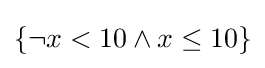
\{\neg x<10\wedge x\leq 10\}